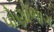
પોણોભાગ